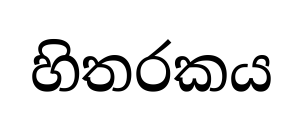
හිතරකය